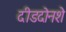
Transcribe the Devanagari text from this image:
दीडदोनशे